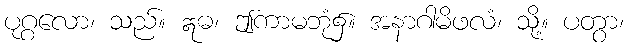
ပုဂ္ဂလော၊ သည်။ ဣဓ၊ ဤကာမဘုံ၌။ အနာဂါမိဖလံ၊ သို့။ ပတွာ၊